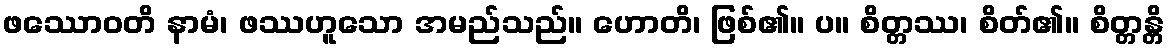
ဖဿောဝတိ နာမံ၊ ဖဿဟူသော အမည်သည်။ ဟောတိ၊ ဖြစ်၏။ ပ။ စိတ္တဿ၊ စိတ်၏။ စိတ္တန္တိ